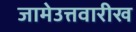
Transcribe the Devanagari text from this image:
जामेउत्तवारीख